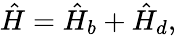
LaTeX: \hat{H}=\hat{H}_{b}+\hat{H}_{d},